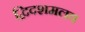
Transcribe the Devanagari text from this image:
द्विदशमलव